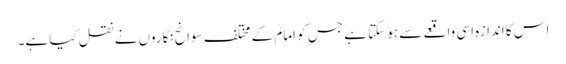
اس کا اندازہ اسی واقعے سے ہو سکتا ہے جس کو امامؒ کے مختلف سوانح نگاروں نے نقل کیا ہے۔